King Institute of Preventive Medicine Micro-Biological Section reports 1912-19
Year: 1912
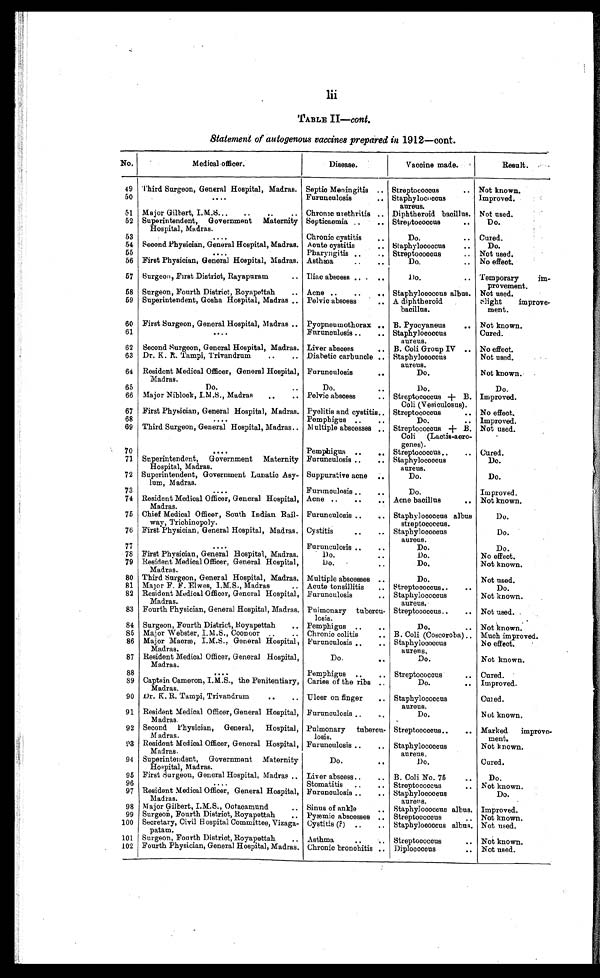
lii
TABLE II—cont.
Statement of autogenous vaccines prepared in 1912—cont.
No.
Medical officer.
Disease.
Vaccine made.
Result.
49 Third Surgeon, General Hospital, Madras. Septic Meningitis . . . Streptococcus
. . . Not known.
50
. . .
Furunculosis . . . Staphylococcus
aureus.
Improved.
51 Major Gilbert, I.M.S. . . . Chronic urethritis . . . Diphtheroid bacillus. Not used.
52 Superintendent, Government Maternity
Hospital, Madras.
Septicaemia
. . . Streptococcus . . .
Do.
53
. . .
Chronic cystitis . . .
Do. . . . Cured.
54 Second Physician, General Hospital, Madras. Acute cystitis . . . Staphylococcus . . .
Do.
55
. . .
Pharyngitis
. . . Streptococcus . . . Not used.
56 First Physician, General Hospital, Madras. Asthma . . .
Do. . . . No effect.
57 Surgeon, First District, Rayapuram . . . Iliac abscess
. . .
Do. . . . Temporary
i
m-
provement.
58 Surgeon, Fourth District, Royapettah . . . Acne . . . Staphylococcus albue. Not used.
59 Superintendent, Gosha Hospital, Madras . . . Pelvic abscess . . . A diphtheroid
bacillus.
Slight
improve
-
ment.
60 First Surgeon, General Hospital, Madras . . . Pyopneumothorax . . . B. Pyocyaneus . . .
Not known.
61
. . .
Furunculosis . . . Staphylococcus
aureus.
Cured.
62 Second Surgeon, General Hospital, Madras. Liver abscess . . . B. Coli Group IV . . .
No effect.
63 Dr. K. R. Tampi, Trivandrum
. . . Diabetic carbuncle. . . Staphylococcus
aureus.
Not used.
64 Resident Medical Officer, General Hospital,
Madras.
Furunculosis . . .
Do.
Not known.
65
Do.
. . .
Do.
. . .
Do.
Do.
66 Major Niblock, I.M.S., Madras . . . Pelvic abscess . . . Streptococcus + B.
Coli (Vesiculosus).
Improved.
67 First Physician, General Hospital, Madras. Pyelitis and cystitis . . . Streptococcus . . . No effect.
68
. . .
Pemphigus . . .
Do.
. . . Improved.
69 Third Surgeon, General Hospital, Madras. . . . Multiple abscesses . . . Streptococcus + B.
Coli (Lactis-aero-
genes).
Not used.
70
. . .
Pemphigus . . . Streptococcus . . . Cured.
71 Superintendent, Government Maternity
Hospital, Madras.
Furunculosis . . . Staphylococcus
aureus.
Do.
72 Superintendent, Government Lunatic Asy-
lum, Madras.
Suppurative acne. . .
Do.
Do.
73
. . .
Furunculosis . . .
Do.
Improved.
74 Resident Medical Officer, General Hospital,
Madras.
Acne
. . . Acne bacillus
. . . Not known.
75 Chief Medical Officer, South Indian Rail-
way, Trichinopoly.
Furunculosis . . . Staphylococcus albus
streptococcus.
Do.
76 First Physician, General Hospital, Madras. Cystitis . . . Staphylococcus
aureus.
Do.
77
. . .
Furunculosis . . .
Do.
Do.
78 First Physician, General Hospital, Madras.
Do. . . .
Do.
No effect.
79 Resident Medical Officer, General Hospital,
Madras.
Do. . . .
Do.
Not known.
80 Third Surgeon, General Hospital, Madras. Multiple abscesses . . .
Do.
Not used.
81 Major F. F. Elwes, I.M.S., Madras . . . Acute tonsillitis . . . Streptococcus . . .
Do.
82 Resident Medical officer, General Hospital,
Madras.
Furunculosis . . . Staphylococcus
aureus.
Not known.
83 Fourth Physician, General Hospital, Madras. Pulmonary tubercu-
losis.
Streptococcus . . .
Not used.
84 Surgeon, Fourth District, Royapettah . . . Pemphigus . . .
Do. . . .
Not known.
85 Major Webster, I.M.S., Coonoor . . . Chronic colitis . . . B. Coli (Coscoroba) . . . Much improved.
86 Major Macræ, I.M.S., General Hospital,
Madras.
Furunculosis . . . Staphylococcus
aureus.
No effect.
87 Resident Medical Officer, General Hospital,
Madras.
Do. . . .
Do.
Not known.
88
. . .
Pemphigus
. . . Streptococcus
. . . Cured.
89 Captain Cameron, I.M.S., the Penitentiary,
Madras.
Caries of the ribs . . .
Do.
. . . Improved.
90 Dr. K. R. Tampi, Trivandrum . . . Ulcer on finger . . . Staphylococcus
aureus.
Cured.
91 Resident Medical Officer, General Hospital,
Madras.
Furunculosis . . .
Do.
Not known.
92 Second Physician, General, Hospital,
M adras.
Pulmonary tubercu-
losis.
Streptococcus . . .
Marked improve
-
ment.
93 Resident Medical Officer, General Hospital,
Madras.
Furunculosis . . . Staphylococcus
aureus.
Not known.
94 Superintendent, Government Maternity
Hospital, Madras.
Do.
. . .
Do.
Cured.
95 First Surgeon, General Hospital, Madras . . . Liver abscess . . . B. Coli No. 75
. . .
Do.
96
. . .
Stomatitis
. . . Streptococcus
. . . Not known.
97 Resident Medical Officer, General Hospital,
Madras.
Furunculosis . . . Staphylococcus
aureus.
Do.
98 Major Gilbert, I.M.S., Ootacamund . . . Sinus of ankle
. . . Staphylococcus albus. Improved.
99 Surgeon, Fourth District, Royapettah
. . . Pyæmic abscesses . . . Streptococcus
. . . Not known.
100 Secretary, Civil Hospital Committee, Vizaga-
patam.
Cystitis (?)
. . .
Staphylococcus albus. Not used.
101 Surgeon, Fourth District, Royapettah . . . Asthma. . .
Streptococcus . . .
Not known.
102 Fourth Physician, General Hospital, Madras. Chronic bronchitis . . . Diplococcus . . .
Not used.